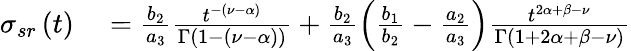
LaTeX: \begin{array}{rl}{\sigma_{sr}\left(t\right)}&{{}=\frac{b_{2}}{a_{3}}\frac{t^{-\left(\nu-\alpha\right)}}{\Gamma\left(1-\left(\nu-\alpha\right)\right)}+\frac{b_{2}}{a_{3}}\left(\frac{b_{1}}{b_{2}}-\frac{a_{2}}{a_{3}}\right)\frac{t^{2\alpha+\beta-\nu}}{\Gamma\left(1+2\alpha+\beta-\nu\right)}}\end{array}